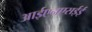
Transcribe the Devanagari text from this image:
आईएनएसईई